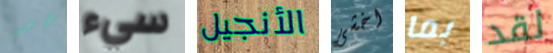
هو سيء الأنجيل اخشى بما لقد